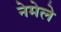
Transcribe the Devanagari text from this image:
नेमेले